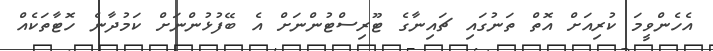
އެހެންވީމަ ކުރިއަށް އޮތް ތަނުގައި ޗައިނާގެ ޓޫރިސްޓުންނަަށް އެ ބޭފުޅުންނަށް ކަމުދާނެ ހޮޓާތަކެއް